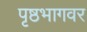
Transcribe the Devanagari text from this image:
पृष्ठभागवर